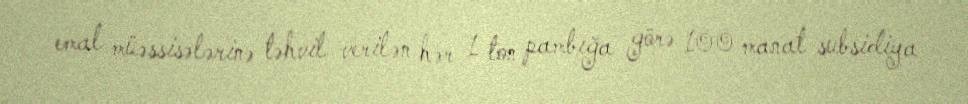
emal müəssisələrinə təhvil verilən hər 1 ton pambığa görə 100 manat subsidiya